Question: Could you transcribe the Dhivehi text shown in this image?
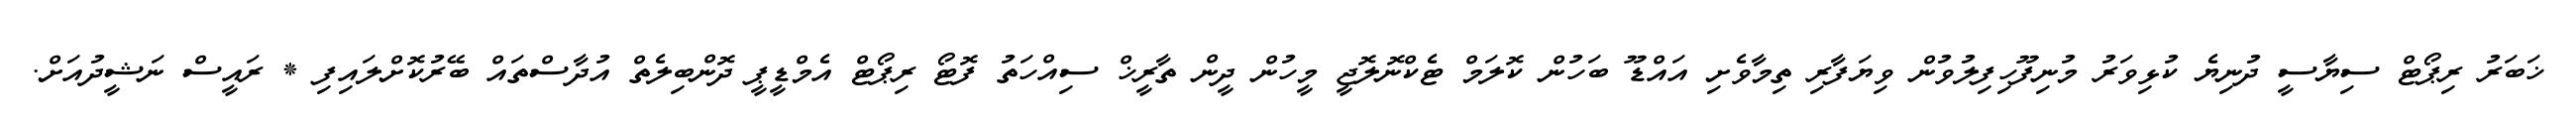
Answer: ޚަބަރު ރިޕޯޓް ސިޔާސީ ދުނިޔެ ކުޅިވަރު މުނިފޫހިފިލުވުން ވިޔަފާރި ތިމާވެށި އައްޑޫ ބަހުން ކޮލަމް ޓެކްނޮލޮޖީ މީހުން ދީން ތާރީޚް ސިއްހަތު ފޮޓޯ ރިޕޯޓް އެމްޑީޕީ ދޮންބިލެތް އުދާސްތައް ބޭރުކޮށްލައިފި * ރައީސް ނަޝީދުއަށް.